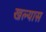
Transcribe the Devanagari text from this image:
खल्यास